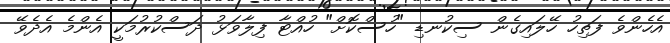
އެހެންވެ ފަތިހު ހޭލައިގެން ސިކުނޑި "ހުސްކޮށް" ހުއްޓާ ފިލާވަޅު ދަސްކުރުމަކީ އެންމެ އެދެވޭ